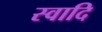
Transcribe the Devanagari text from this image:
स्वादि